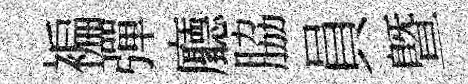
褊彈廳脇員暨